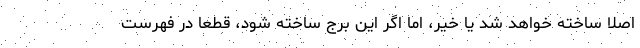
اصلا ساخته خواهد شد یا خیر، اما اگر این برج ساخته شود، قطعاً در فهرست